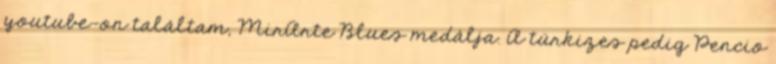
youtube-on találtam, MirArte Blues medálja. A türkizes pedig Pencio